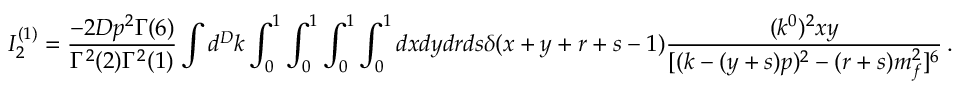
I _ { 2 } ^ { ( 1 ) } = \frac { - 2 D p ^ { 2 } \Gamma ( 6 ) } { \Gamma ^ { 2 } ( 2 ) \Gamma ^ { 2 } ( 1 ) } \int d ^ { D } k \int _ { 0 } ^ { 1 } \int _ { 0 } ^ { 1 } \int _ { 0 } ^ { 1 } \int _ { 0 } ^ { 1 } d x d y d r d s \delta ( x + y + r + s - 1 ) \frac { ( k ^ { 0 } ) ^ { 2 } x y } { [ ( k - ( y + s ) p ) ^ { 2 } - ( r + s ) m _ { f } ^ { 2 } ] ^ { 6 } } \, .